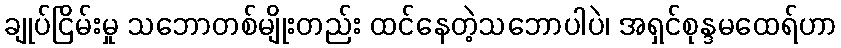
ချုပ်ငြိမ်းမှု သဘောတစ်မျိုးတည်း ထင်နေတဲ့သဘောပါပဲ၊ အရှင်စုန္ဒမထေရ်ဟာ